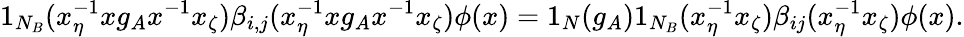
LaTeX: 1_{N_{B}}(x_{\eta}^{-1}xg_{A}x^{-1}x_{\zeta})\beta_{i,j}(x_{\eta}^{-1}xg_{A}x^{-1}x_{\zeta})\phi(x)=1_{N}(g_{A})1_{N_{B}}(x_{\eta}^{-1}x_{\zeta})\beta_{ij}(x_{\eta}^{-1}x_{\zeta})\phi(x).